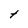
Character: t